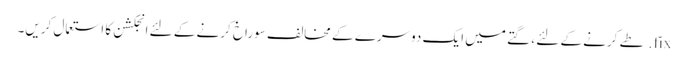
fix. طے کرنے کے لئے ، گتے میں ایک دوسرے کے مخالف سوراخ کرنے کے لئے انجکشن کا استعمال کریں۔